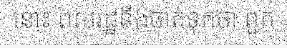
នោះ ពលរដ្ឋនឹងចាត់ទុកថា ពួក